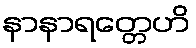
နာနာရတ္တေဟိ